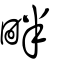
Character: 畔